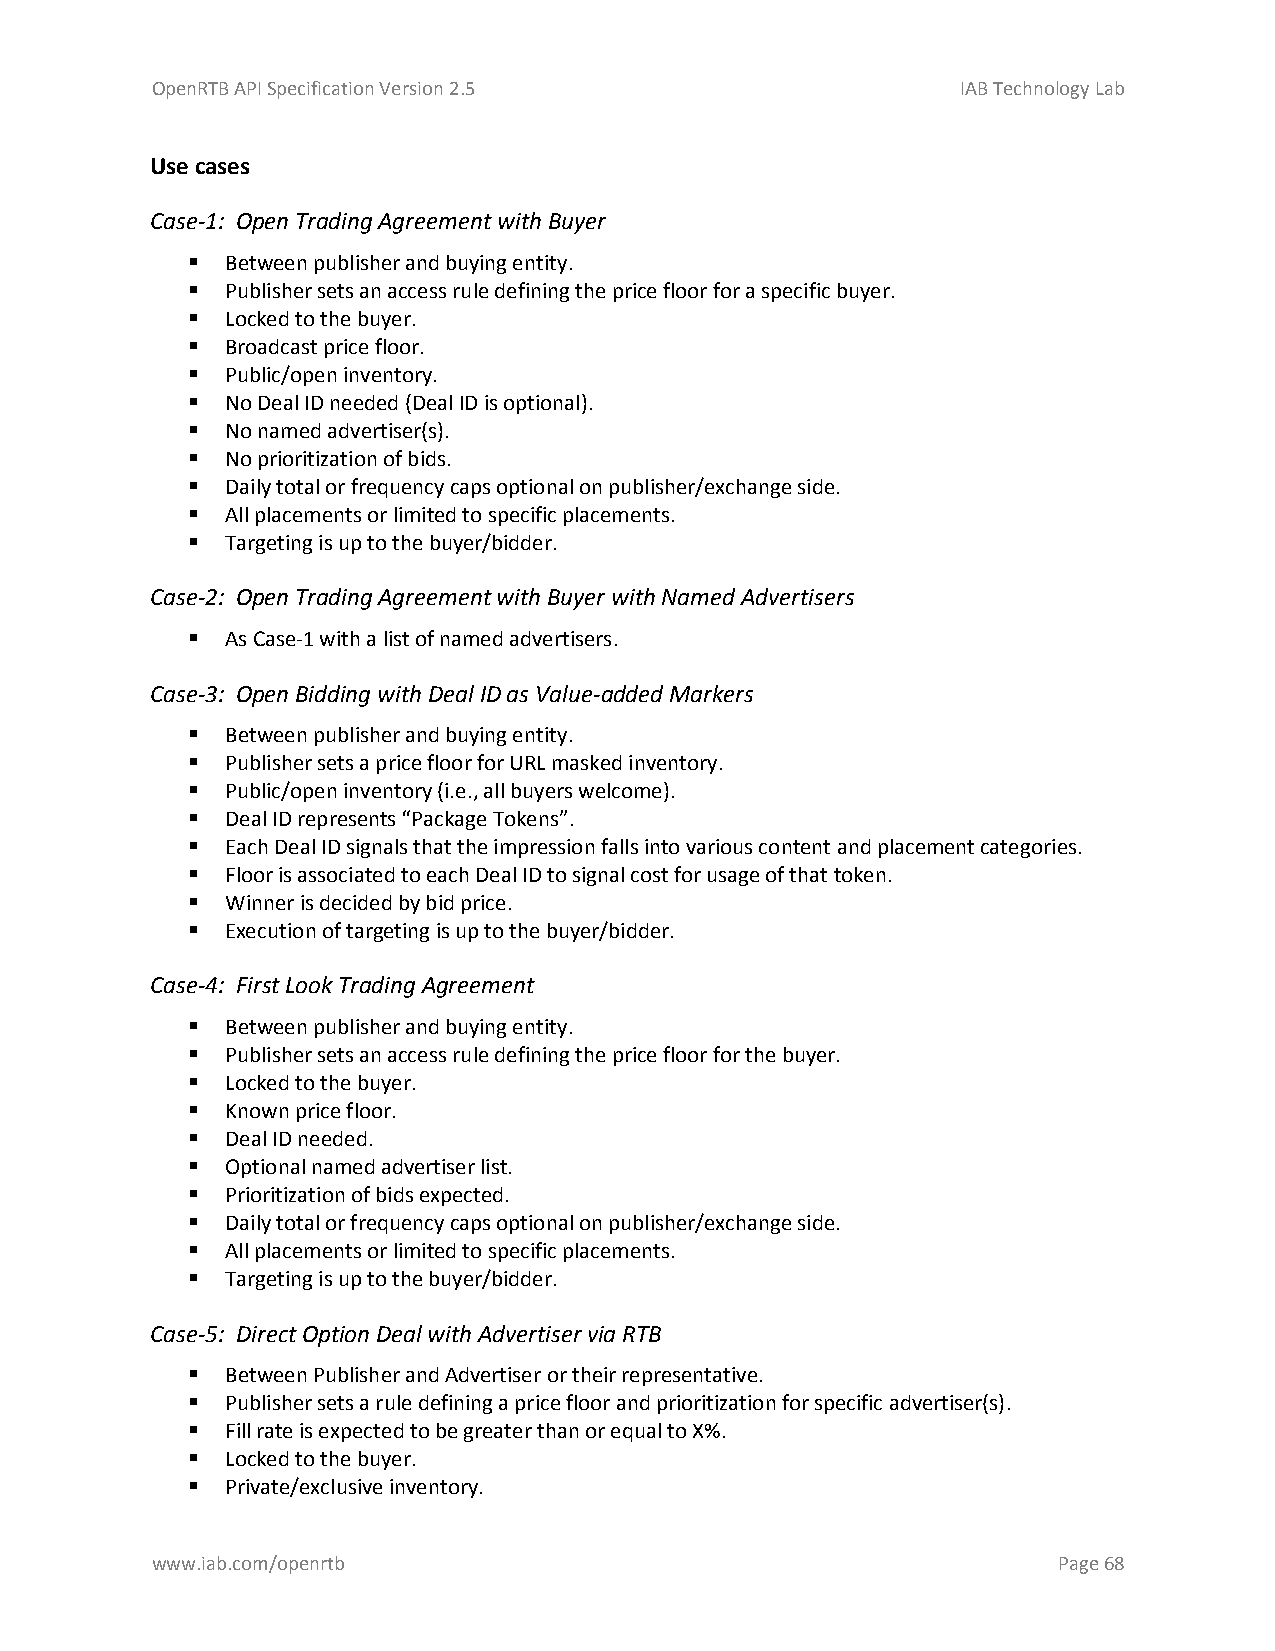
OpenRTB API Specification Version 2.5                 IAB Technology Lab
 Use cases
 Case-1: Open Trading Agreement with Buyer
   Between publisher and buying entity.
   Publisher sets an access rule defining the price floor for a specific buyer.
   Locked to the buyer.
   Broadcast price floor.
   Public/open inventory.
   No Deal ID needed (Deal ID is optional).
   No named advertiser(s).
   No prioritization of bids.
   Daily total or frequency caps optional on publisher/exchange side.
   All placements or limited to specific placements.
   Targeting is up to the buyer/bidder.
 Case-2: Open Trading Agreement with Buyer with Named Advertisers
   As Case-1 with a list of named advertisers.
 Case-3: Open Bidding with Deal ID as Value-added Markers
   Between publisher and buying entity.
   Publisher sets a price floor for URL masked inventory.
   Public/open inventory (i.e., all buyers welcome).
   Deal ID represents “Package Tokens”.
   Each Deal ID signals that the impression falls into various content and placement categories.
   Floor is associated to each Deal ID to signal cost for usage of that token.
   Winner is decided by bid price.
   Execution of targeting is up to the buyer/bidder.
 Case-4: First Look Trading Agreement
   Between publisher and buying entity.
   Publisher sets an access rule defining the price floor for the buyer.
   Locked to the buyer.
   Known price floor.
   Deal ID needed.
   Optional named advertiser list.
   Prioritization of bids expected.
   Daily total or frequency caps optional on publisher/exchange side.
   All placements or limited to specific placements.
   Targeting is up to the buyer/bidder.
 Case-5: Direct Option Deal with Advertiser via RTB
   Between Publisher and Advertiser or their representative.
   Publisher sets a rule defining a price floor and prioritization for specific advertiser(s).
   Fill rate is expected to be greater than or equal to X%.
   Locked to the buyer.
   Private/exclusive inventory.
 www.iab.com/openrtb                                         Page 68